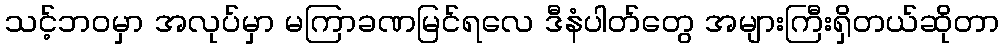
သင့်ဘဝမှာ အလုပ်မှာ မကြာခဏမြင်ရလေ ဒီနံပါတ်တွေ အများကြီးရှိတယ်ဆိုတာ